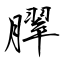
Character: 臎